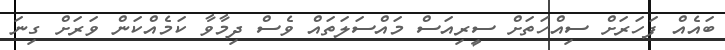
ބައެއް ފަހަރަށް ސިއްހަތަށް ސީރިއަސް މައްސަލަތައް ވެސް ދިމާވާ ކަމެއްކަން ވަރަށް ގިނަ